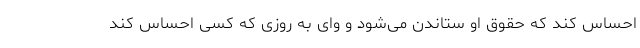
احساس کند که حقوق او ستاندن می‌شود و وای به روزی که کسی احساس کند